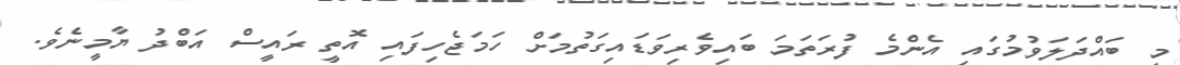
މި ބައްދަލަވުމުގައި އެންމެ ފުރަތަމަ ބައިވެރިވަޑައިގަތުމަށް ހަމަޖެހިފައި އޮތީ ރައީސް އަބްދު ޔާމީނެވެ.